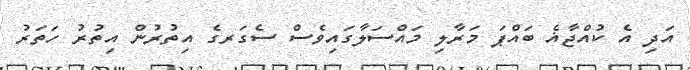
އަދި އެ ކުއްޖާޣެ ބައްޕަ މަރާލި މައްސަލާގައިވެސް ސެގަރގެ އިތުރުން އިތުރު ހަތަރު